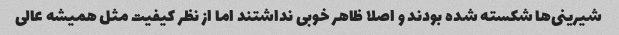
شیرینی‌ها شکسته شده بودند و اصلا ظاهر خوبی نداشتند اما از نظر کیفیت مثل همیشه عالی